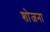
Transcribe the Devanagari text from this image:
शोजना